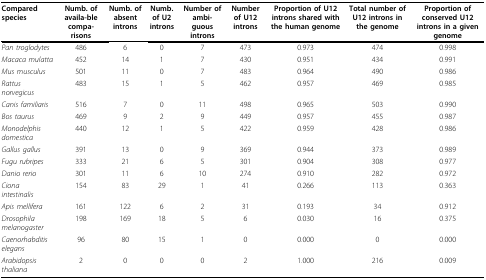
<table><thead><tr><td><b>Compared species</b></td><td><b>Numb. of availa-ble compa-risons</b></td><td><b>Numb. of absent introns</b></td><td><b>Numb. of U2 introns</b></td><td><b>Number of ambi-guous introns</b></td><td><b>Number of U12 introns</b></td><td><b>Proportion of U12 introns shared with the human genome</b></td><td><b>Total number of U12 introns in the genome</b></td><td><b>Proportion of conserved U12 introns in a given genome</b></td></tr></thead><tbody><tr><td><i>Pan troglodytes</i></td><td>486</td><td>6</td><td>0</td><td>7</td><td>473</td><td>0.973</td><td>474</td><td>0.998</td></tr><tr><td><i>Macaca mulatta</i></td><td>452</td><td>14</td><td>1</td><td>7</td><td>430</td><td>0.951</td><td>434</td><td>0.991</td></tr><tr><td><i>Mus musculus</i></td><td>501</td><td>11</td><td>0</td><td>7</td><td>483</td><td>0.964</td><td>490</td><td>0.986</td></tr><tr><td><i>Rattus norvegicus</i></td><td>483</td><td>15</td><td>1</td><td>5</td><td>462</td><td>0.957</td><td>469</td><td>0.985</td></tr><tr><td><i>Canis familiaris</i></td><td>516</td><td>7</td><td>0</td><td>11</td><td>498</td><td>0.965</td><td>503</td><td>0.990</td></tr><tr><td><i>Bos taurus</i></td><td>469</td><td>9</td><td>2</td><td>9</td><td>449</td><td>0.957</td><td>455</td><td>0.987</td></tr><tr><td><i>Monodelphis domestica</i></td><td>440</td><td>12</td><td>1</td><td>5</td><td>422</td><td>0.959</td><td>428</td><td>0.986</td></tr><tr><td><i>Gallus gallus</i></td><td>391</td><td>13</td><td>0</td><td>9</td><td>369</td><td>0.944</td><td>373</td><td>0.989</td></tr><tr><td><i>Fugu rubripes</i></td><td>333</td><td>21</td><td>6</td><td>5</td><td>301</td><td>0.904</td><td>308</td><td>0.977</td></tr><tr><td><i>Danio rerio</i></td><td>301</td><td>11</td><td>6</td><td>10</td><td>274</td><td>0.910</td><td>282</td><td>0.972</td></tr><tr><td><i>Ciona intestinalis</i></td><td>154</td><td>83</td><td>29</td><td>1</td><td>41</td><td>0.266</td><td>113</td><td>0.363</td></tr><tr><td><i>Apis mellifera</i></td><td>161</td><td>122</td><td>6</td><td>2</td><td>31</td><td>0.193</td><td>34</td><td>0.912</td></tr><tr><td><i>Drosophila melanogaster</i></td><td>198</td><td>169</td><td>18</td><td>5</td><td>6</td><td>0.030</td><td>16</td><td>0.375</td></tr><tr><td><i>Caenorhabditis elegans</i></td><td>96</td><td>80</td><td>15</td><td>1</td><td>0</td><td>0.000</td><td>0</td><td>0.000</td></tr><tr><td><i>Arabidopsis thaliana</i></td><td>2</td><td>0</td><td>0</td><td>0</td><td>2</td><td>1.000</td><td>216</td><td>0.009</td></tr></tbody></table>